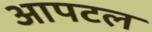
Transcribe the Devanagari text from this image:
आपटल